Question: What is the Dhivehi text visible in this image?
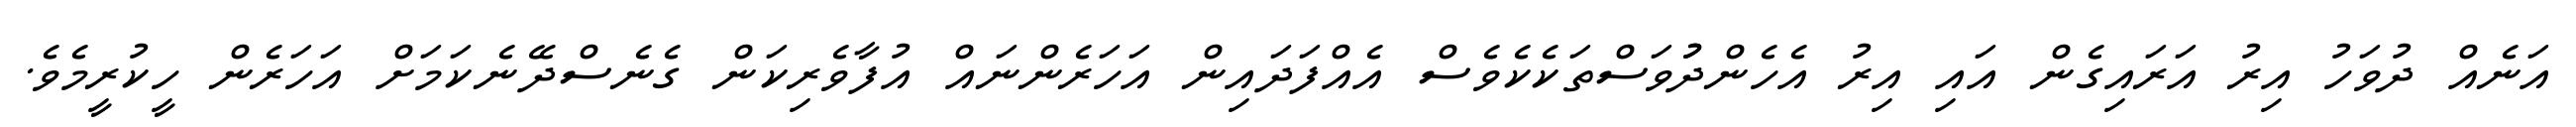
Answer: އަނެއް ދުވަހު އިރު އަރައިގެން އައި އިރު އެހެންދުުވަސްތަކެކެވެސް އެއްފަދައިން އަހަރެންނައް އުފާވެރިކަން ގެނެސްދޭނެކަމަށް އަހަރެން ހީކުރީމެވެ.